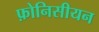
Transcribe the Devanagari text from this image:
फ़ोनिसीयन